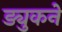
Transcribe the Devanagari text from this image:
ड्युकने